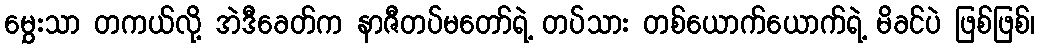
မွှေးသာ တကယ်လို့ အဲဒီခေတ်က နာဇီတပ်မတော်ရဲ့ တပ်သား တစ်ယောက်ယောက်ရဲ့ မိခင်ပဲ ဖြစ်ဖြစ်၊